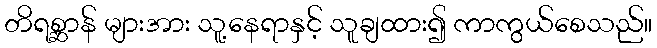
တိရစ္ဆာန် များအား သူ့နေရာနှင့် သူချထား၍ ကာကွယ်စေသည်။